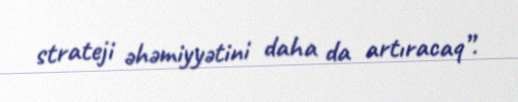
strateji əhəmiyyətini daha da artıracaq”.